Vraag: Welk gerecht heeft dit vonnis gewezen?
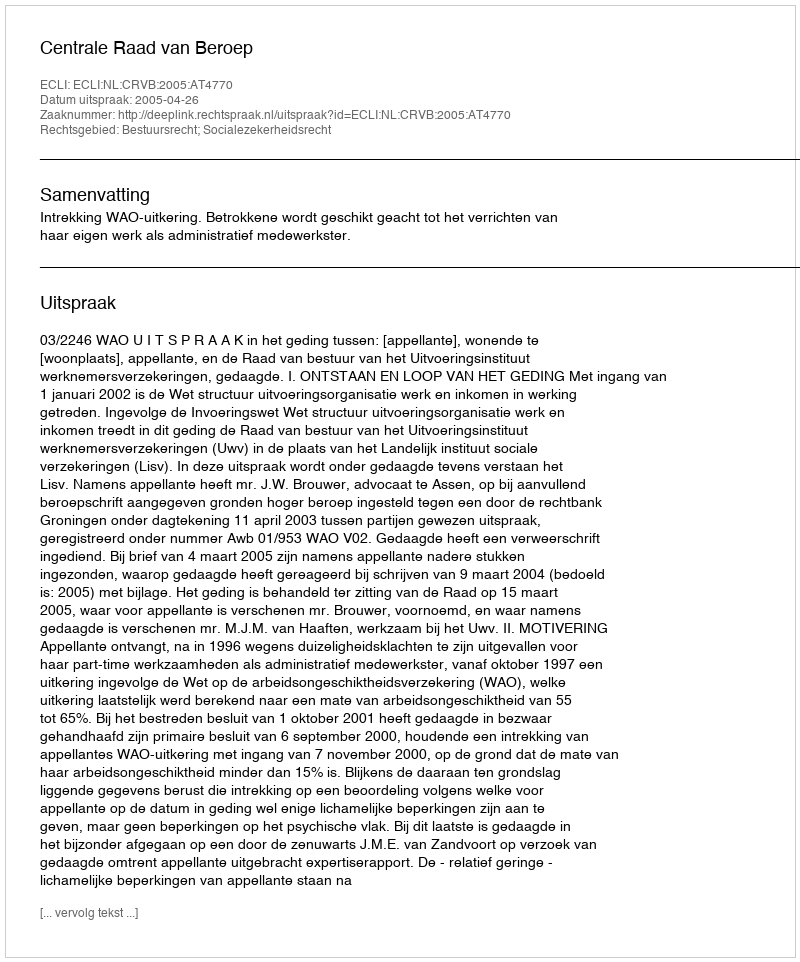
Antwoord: Centrale Raad van Beroep